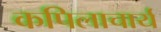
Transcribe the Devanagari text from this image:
कपिलाचार्य